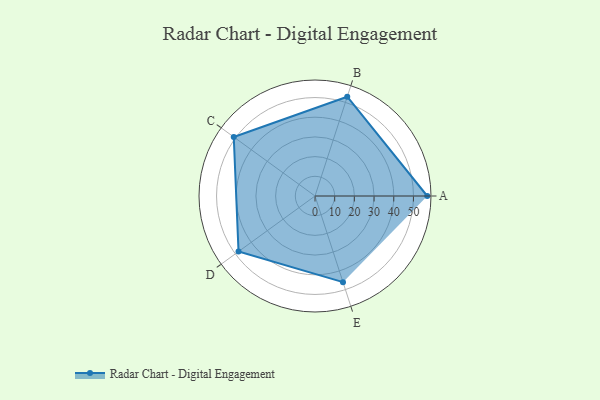
{"axis": {"x": "Skill", "y": "Score"}, "legend": ["Profile"], "data": [{"x": "A", "y": 57.0, "type": "Profile"}, {"x": "B", "y": 53.0, "type": "Profile"}, {"x": "C", "y": 51.0, "type": "Profile"}, {"x": "D", "y": 48.0, "type": "Profile"}, {"x": "E", "y": 46.0, "type": "Profile"}]}